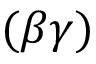
( \beta \gamma )